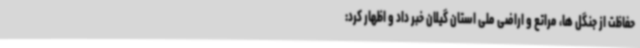
حفاظت از جنگل ها، مراتع و اراضی ملی استان گیلان خبر داد و اظهار کرد: